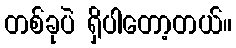
တစ်ခုပဲ ရှိပါတော့တယ်။